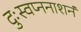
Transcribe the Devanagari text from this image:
दुःस्वप्ननाशनं